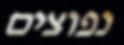
נפוצים